Jaan_Tonisson_(Lasteleht), lk 101
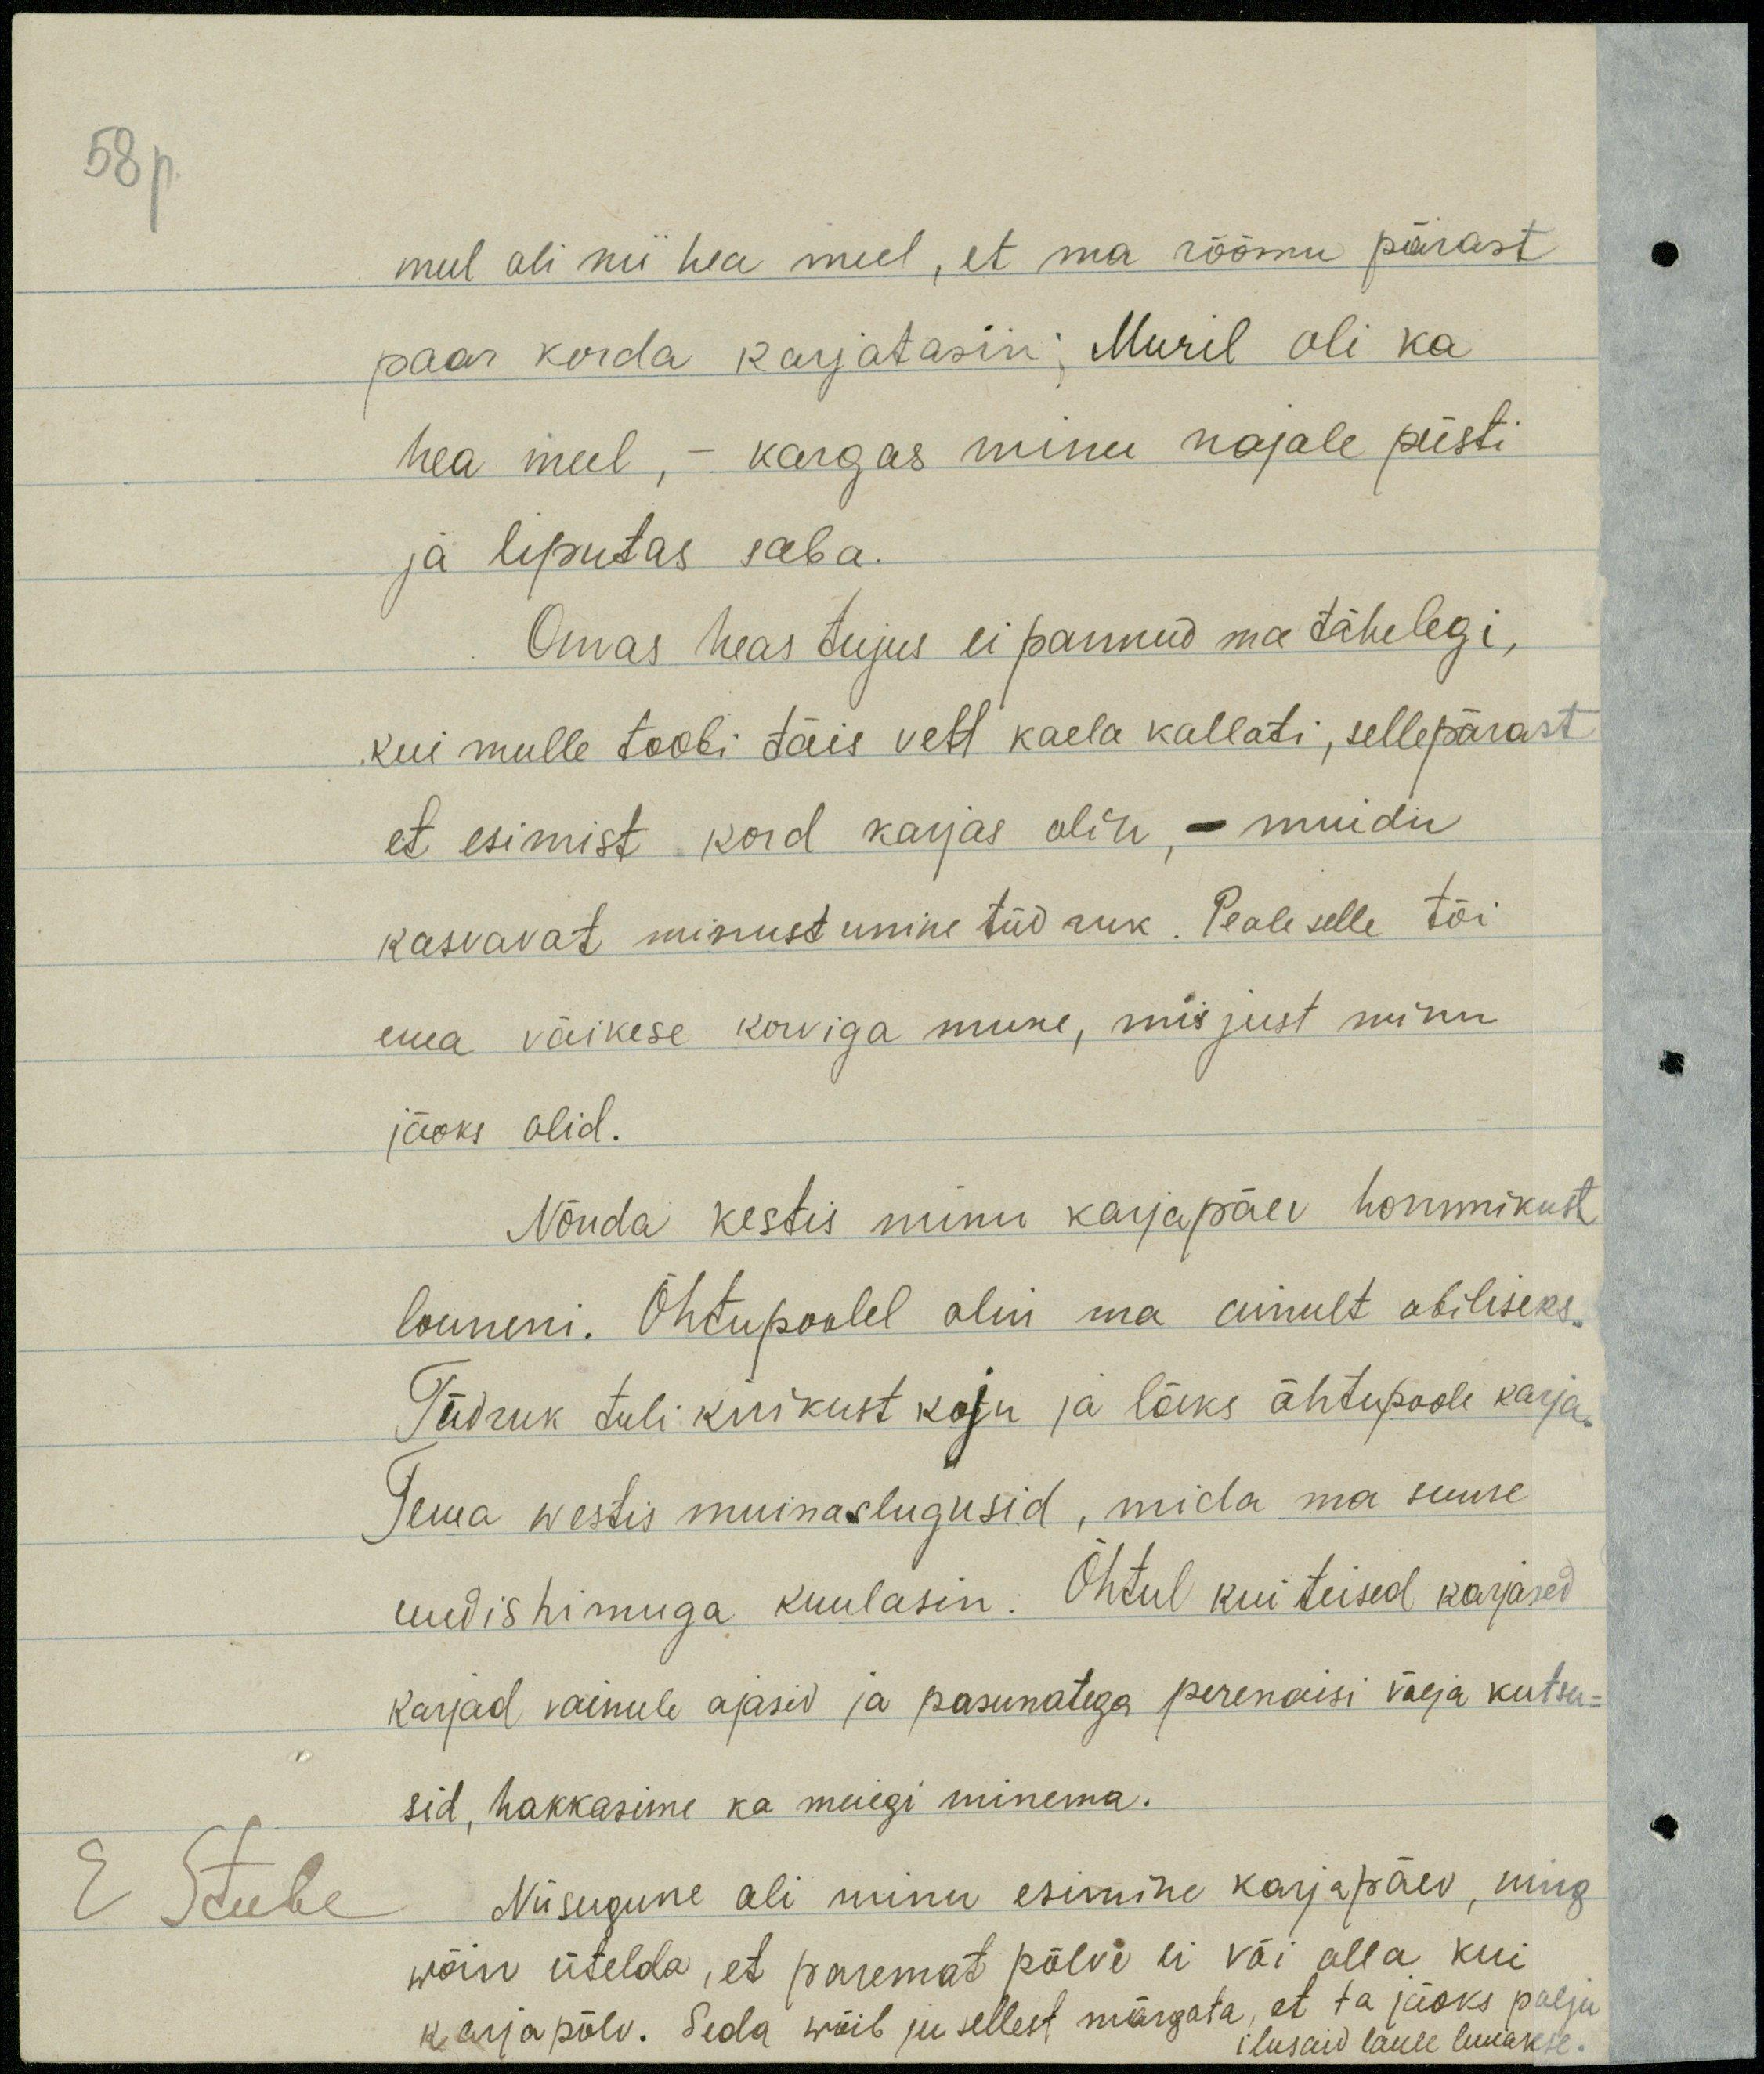
58p.
mul oli nii hea meel, et ma rõõmu pärast
paar korda karjatasin; Muril oli ka
hea meel, - kargas minu najale püsti
ja liputas saba.
Omas heas tujus ei pannud ma tähelegi,
kui mulle toobi täis vett kaela kallati, sellepärast
et esimist kord karjas olin, - muidu
kasvavat minust unine tüdruk. Peale selle tõi
ema väikese korviga mune, mis just minu
jäoks olid.
Nõnda kestis minu karjapäev hommikust
louneni. Õhtupoolel olin ma ainult abiliseks.
Tüdruk tuli kirikust koju ja läks õhtupoole karja.
Tema westis muinaslugusid, mida ma suure
uudishimuga kuulasin. Õhtul kui teised karjased
karjad vainule ajasid ja pasunatega perenaisi välja kutsu-
sid, hakkasime ka meiegi minema.
E Stube
Niisugune oli minu esimine karjapäev, ning
wõin ütelda, et paremat põlve ei või olla kui
karjapõlv. Seda wõib ju sellest märgata, et ta jaoks palju
ilusaid laule luuakse.